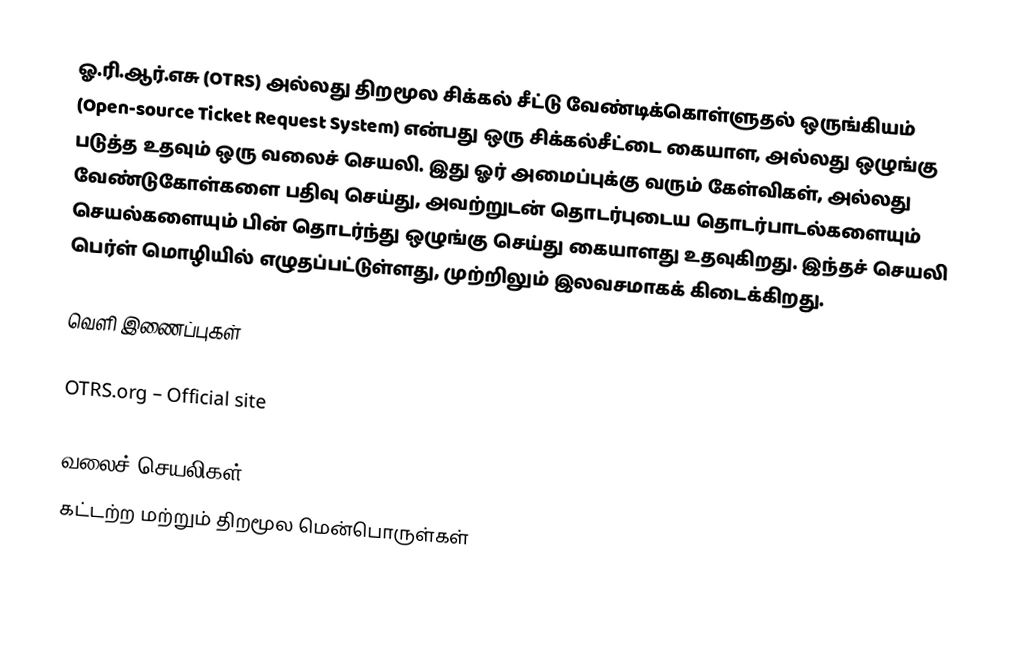
ஓ.ரி.ஆர்.எசு (OTRS) அல்லது திறமூல சிக்கல் சீட்டு வேண்டிக்கொள்ளுதல் ஒருங்கியம் (Open-source Ticket Request System) என்பது ஒரு சிக்கல்சீட்டை கையாள, அல்லது ஒழுங்கு படுத்த உதவும் ஒரு வலைச் செயலி.  இது ஓர் அமைப்புக்கு வரும் கேள்விகள், அல்லது வேண்டுகோள்களை பதிவு செய்து, அவற்றுடன் தொடர்புடைய தொடர்பாடல்களையும் செயல்களையும் பின் தொடர்ந்து ஒழுங்கு செய்து கையாளது உதவுகிறது.  இந்தச் செயலி பெர்ள் மொழியில் எழுதப்பட்டுள்ளது, முற்றிலும் இலவசமாகக் கிடைக்கிறது.

வெளி இணைப்புகள்

 OTRS.org – Official site

வலைச் செயலிகள்
கட்டற்ற மற்றும் திறமூல மென்பொருள்கள்